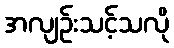
အလျဉ်းသင့်သလို